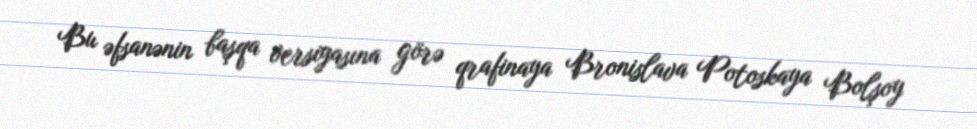
Bu əfsanənin başqa versiyasına görə qrafinaya Bronislava Potoskaya Bolşoy